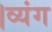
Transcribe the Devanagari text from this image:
।व्यंग